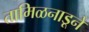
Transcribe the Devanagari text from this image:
तामिळनाडूने